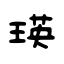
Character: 瑛